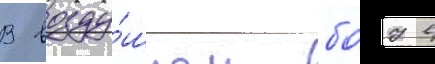
В возду́шном боу в